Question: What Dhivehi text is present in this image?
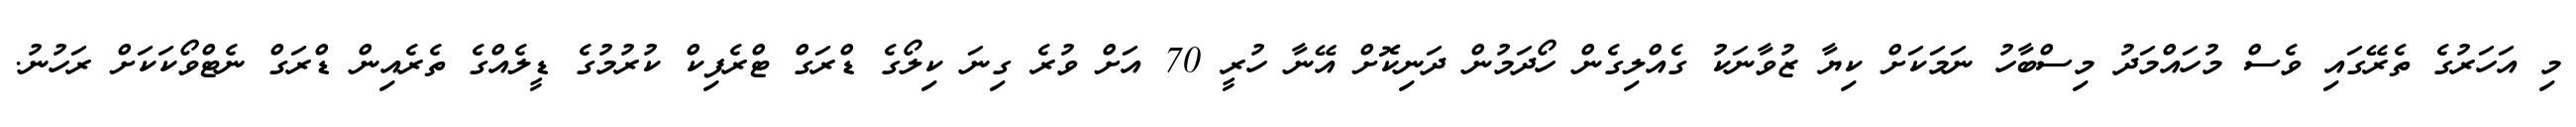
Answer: މި އަހަރުގެ ތެރޭގައި ވެސް މުހައްމަދު މިސްބާހު ނަމަކަށް ކިޔާ ޒުވާނަކު ގެއްލިގެން ހޯދަމުން ދަނިކޮށް އޭނާ ހުރީ 70 އަށް ވުރެ ގިނަ ކިލޯގެ ޑްރަގް ޓްރެފިކް ކުރުމުގެ ޑީލެއްގެ ތެރެއިން ޑްރަގް ނެޓްވޯކަކަށް ރަހުނު.